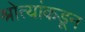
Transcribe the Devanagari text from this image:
श्रोत्यांकडून